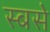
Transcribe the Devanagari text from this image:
स्बसे